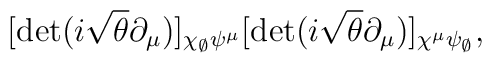
[\det(i\sqrt{\theta}\partial_{\mu})]  _{\chi_{\scriptscriptstyle\emptyset}\psi^{\mu}}  [\det(i\sqrt{\theta}\partial_{\mu})]  _{\chi^{\mu}\psi_{\scriptscriptstyle\emptyset}}  ,